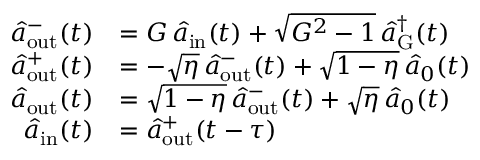
\begin{array} { r l } { \hat { a } _ { \mathrm { o u t } } ^ { - } ( t ) } & { = G \, \hat { a } _ { \mathrm { i n } } ( t ) + \sqrt { G ^ { 2 } - 1 } \, \hat { a } _ { \mathrm { G } } ^ { \dagger } ( t ) } \\ { \hat { a } _ { \mathrm { o u t } } ^ { + } ( t ) } & { = - \sqrt { \eta } \, \hat { a } _ { \mathrm { o u t } } ^ { - } ( t ) + \sqrt { 1 - \eta } \, \hat { a } _ { 0 } ( t ) } \\ { \hat { a } _ { \mathrm { o u t } } ( t ) } & { = \sqrt { 1 - \eta } \, \hat { a } _ { \mathrm { o u t } } ^ { - } ( t ) + \sqrt { \eta } \, \hat { a } _ { 0 } ( t ) } \\ { \hat { a } _ { \mathrm { i n } } ( t ) } & { = \hat { a } _ { \mathrm { o u t } } ^ { + } ( t - \tau ) } \end{array}